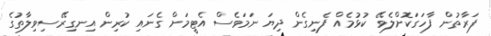
ފަރާތުން ފާހަގަކޮށްލެވޭ ކުޅުމެއް ފެނިގެން ދިޔަ ނަމަވެސް އެޓީމަށް ގެނައި ކުރިން އިނގިރޭސިވިލާތުގެ